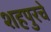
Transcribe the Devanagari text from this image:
शहपुरचे